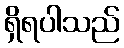
ရှိရပါသည်